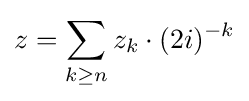
z=\sum _{k\geq n}z_{k}\cdot (2i)^{-k}